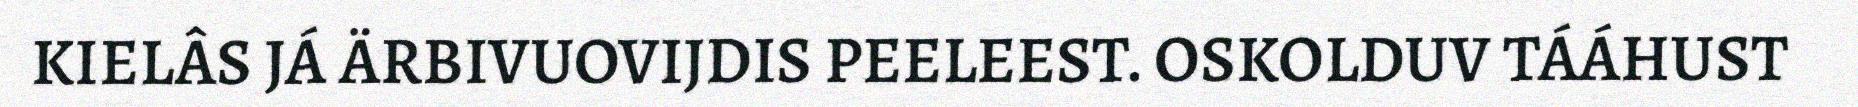
KIELÂS JÁ ÄRBIVUOVIJDIS PEELEEST. OSKOLDUV TÁÁHUST